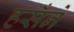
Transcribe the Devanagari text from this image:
हसँने